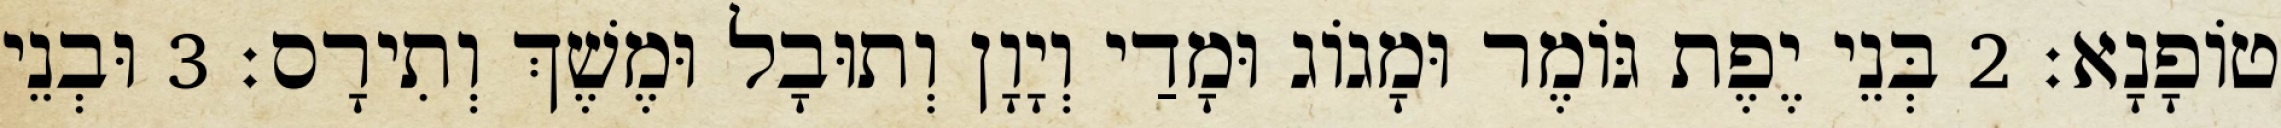
טוֹפָנָא׃ 2 בְּנֵי יֶפֶת גּוֹמֶר וּמָגוֹג וּמָדַי וְיָוָן וְתוּבָל וּמֶשֶׁךְ וְתִירָס׃ 3 וּבְנֵי